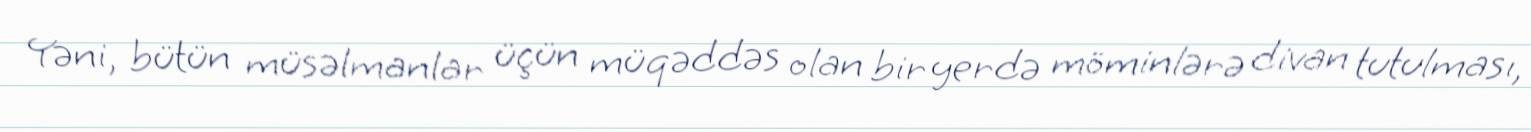
Yəni, bütün müsəlmanlar üçün müqəddəs olan bir yerdə möminlərə divan tutulması,